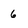
Character: 6